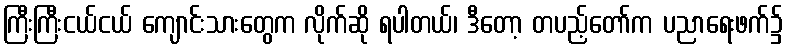
ကြီးကြီးငယ်ငယ် ကျောင်းသားတွေက လိုက်ဆို ရပါတယ်၊ ဒီတော့ တပည့်တော်က ပညာရေးဖက်၌